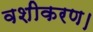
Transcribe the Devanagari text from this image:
वशीकरण।